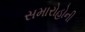
સમારોહોની